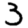
Digit: 3